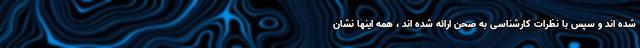
شده اند و سپس با نظرات کارشناسی به صحن ارائه شده اند ، همه اینها نشان